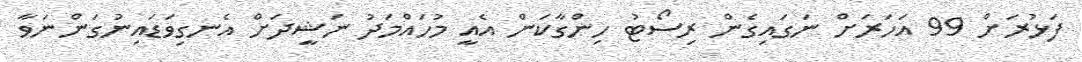
ފަޅުރަށް 99 އަހަރަށް ނަގައިގެން ރިސޯޓު ހިންގާކަން އެއީ މުހައްމަދު ނަޝީދަށް އެނގިވަޑައިނުގަންނަވާ